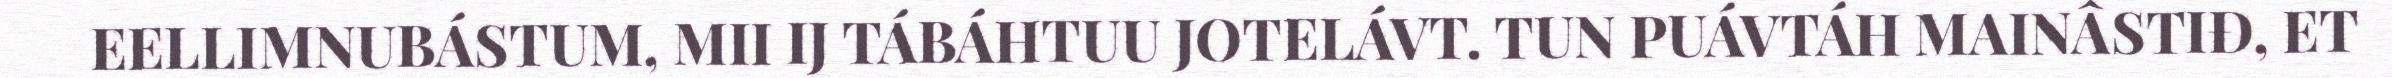
EELLIMNUBÁSTUM, MII IJ TÁBÁHTUU JOTELÁVT. TUN PUÁVTÁH MAINÂSTIĐ, ET